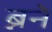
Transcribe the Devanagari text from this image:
ब्नने